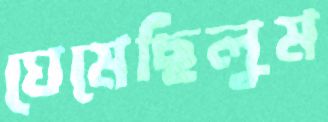
ঘেমেছিলুম